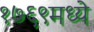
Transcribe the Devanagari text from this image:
१७६९मध्ये